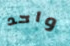
واحد